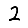
Digit: 2